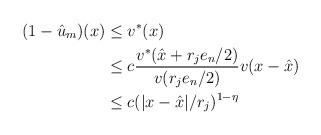
LaTeX: \begin{align*} ( 1 - \hat u_m ) ( x )& \leq v^* ( x ) \\ &\leq c \frac{ v^*( \hat x + r_j e_n/2) }{ v ( r_j e_n/2) } v ( x - \hat x) \\ & \leq c ( | x - \hat x |/r_j )^{ 1 - \eta}\end{align*}